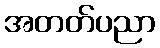
အတတ်ပညာ